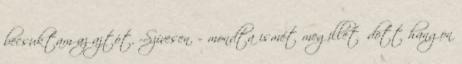
becsuktam az ajtót. -Szívesen. – mondta ismét megilletődött hangon